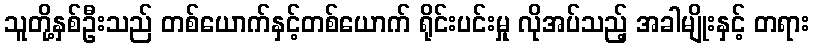
သူတို့နှစ်ဦးသည် တစ်ယောက်နှင့်တစ်ယောက် ရိုင်းပင်းမှု လိုအပ်သည့် အခါမျိုးနှင့် တရား